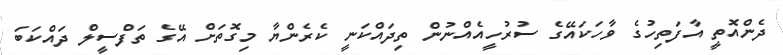
ދެންއޮތީ އާފަތިހުގެ ވާހަކައޭގެ ސުރުހީއެއްނުން ތިދައްކަނީ ކެރެންޔާ މިގޮތަށް އޭގެ ތަފްސީލް ދައްކަބަ